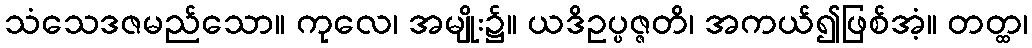
သံသေဒဇမည်သော။ ကုလေ၊ အမျိုး၌။ ယဒိဥပ္ပဇ္ဇတိ၊ အကယ်၍ဖြစ်အံ့။ တတ္ထ၊